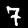
Digit: 7